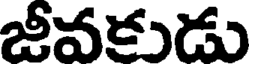
జీవకుడు